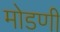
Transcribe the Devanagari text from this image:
मोडणी